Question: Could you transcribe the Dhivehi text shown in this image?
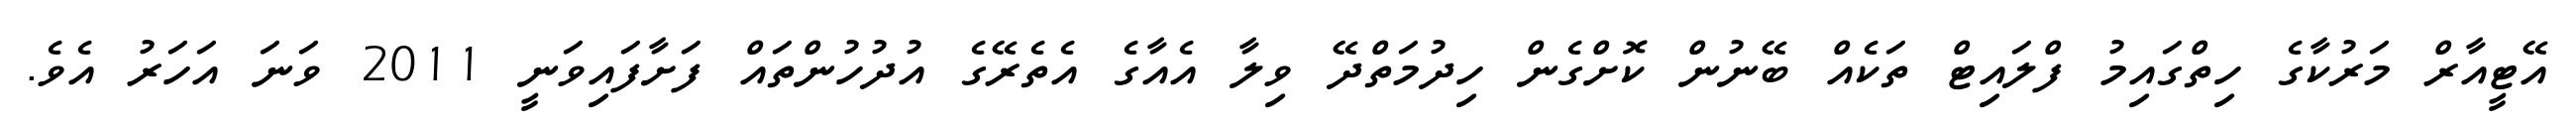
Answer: އޭޓީއާރް މަރުކާގެ ހިތްގައިމު ފްލައިޓް ތަކެއް ބޭނުން ކޮށްގެން ހިދުމަތްދޭ ވިލާ އެއާގެ އެތެރޭގެ އުދުހުންތައް ފަށާފައިވަނީ 2011 ވަނަ އަހަރު އެވެ.